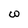
Character: w